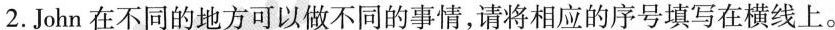
2. John 在不同的地方可以做不同的事情.请将相应的序号填写在横线上。